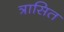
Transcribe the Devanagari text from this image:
त्रासित